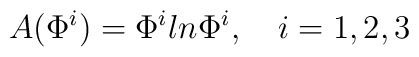
A(\Phi^i) = \Phi^i ln \Phi^i , \quad i = 1,2,3